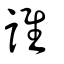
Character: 誰